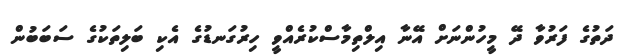
ދަތުގެ ފަރުވާ ދޭ މީހުންނަށް އޭނާ އިލްތިމާސްކުރެއްވީ ހިރުގަނޑުގެ އެކި ބަލިތަކުގެ ސަބަބުން